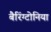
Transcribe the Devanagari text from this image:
बैरिंग्टोनिया